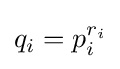
q_{i}=p_{i}^{r_{i}}